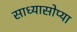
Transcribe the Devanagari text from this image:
साध्यासोप्या